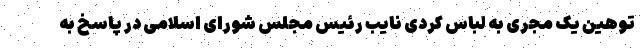
توهین یک مجری به لباس کُردی نایب رئیس مجلس شورای اسلامی در پاسخ به